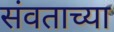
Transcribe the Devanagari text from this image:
संवताच्या